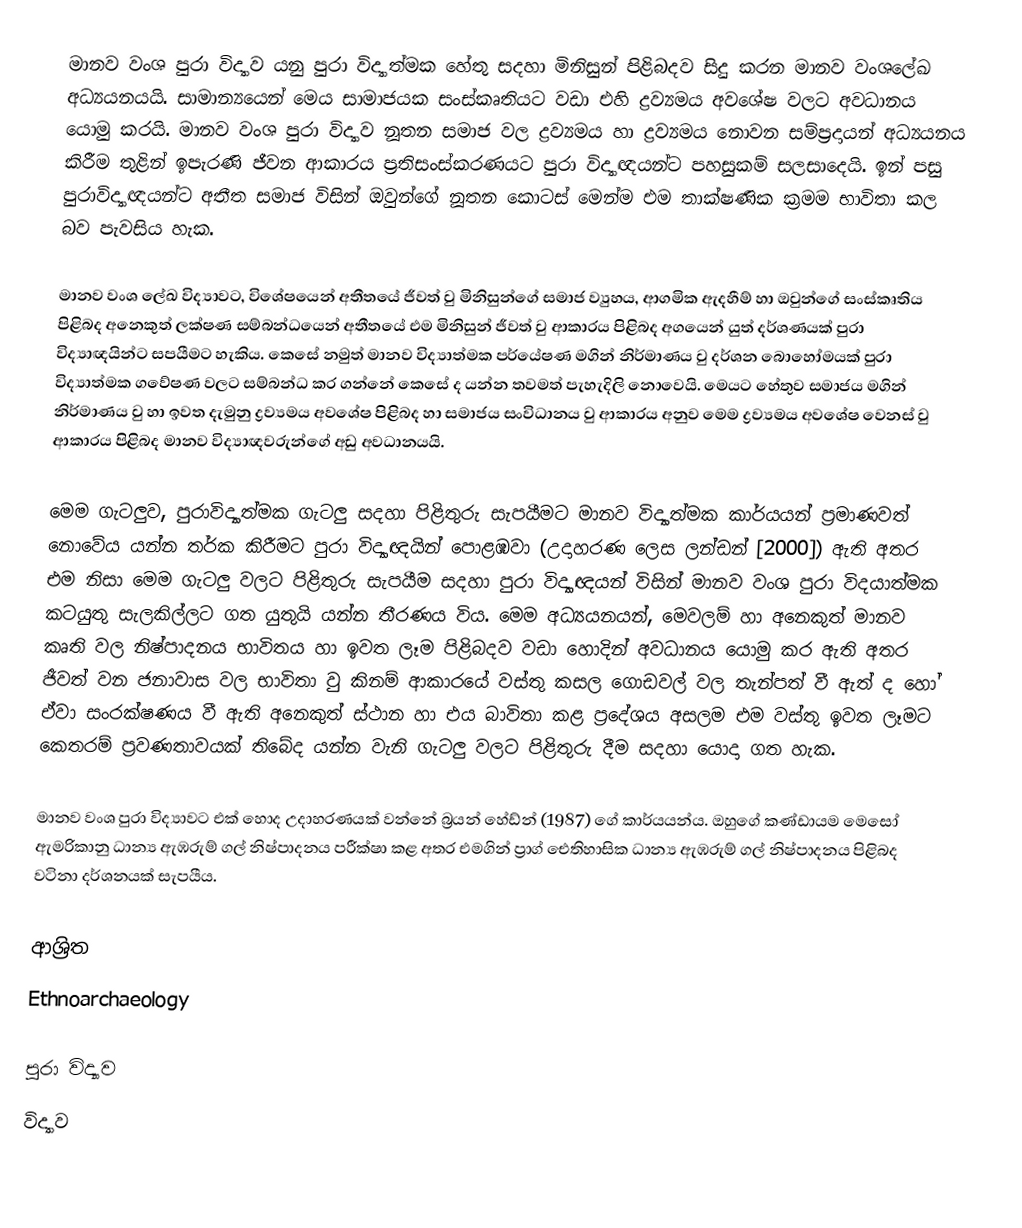
මානව වංශ පුරා විද්‍යාව යනු පුරා විද්‍යාත්මක හේතු සදහා මිනිසුන් පිළිබදව සිදු කරන මානව වංශලේඛ අධ්‍යයනයයි. සාමාන්‍යයෙන් මෙය සාමාජයක සංස්කෘතියට වඩා එහි ද්‍රව්‍යමය අවශේෂ වලට අවධානය යොමු කරයි. මානව වංශ පුරා විද්‍යාව නූතන සමාජ වල ද්‍රව්‍යමය හා ද්‍රව්‍යමය නොවන සම්ප්‍රදායන් අධ්‍යයනය කිරීම තුළින් ඉපැරණි ජීවන ආකාරය ප්‍රතිසංස්කරණයට පුරා විද්‍යාඥයන්ට පහසුකම් සලසාදෙයි. ඉන් පසු පුරාවිද්‍යාඥයන්ට අතීත සමාජ විසින් ඔවුන්ගේ නූතන කොටස් මෙන්ම එම තාක්ෂණික ක්‍රමම භාවිතා කල බව පැවසිය හැක.

මානව වංශ ලේඛ විද්‍යාවට, විශේෂයෙන් අතීතයේ ජීවත් වු මිනිසුන්ගේ සමාජ ව්‍යුහය, ආගමික ඇදහීම් හා ඔවුන්ගේ සංස්කෘතිය පිළිබද අනෙකුත් ලක්ෂණ සම්බන්ධයෙන් අතීතයේ එම මිනිසුන් ජීවත් වු ආකාරය පිළිබද අගයෙන් යුත් දර්ශණයක් පුරා විද්‍යාඥයින්ට සපයීමට හැකිය. කෙසේ නමුත් මානව විද්‍යාත්මක පර්යේෂණ මගින් නිර්මාණය වු දර්ශන බොහෝමයක් පුරා විද්‍යාත්මක ගවේෂණ වලට සම්බන්ධ කර ගන්නේ කෙසේ ද යන්න තවමත් පැහැදිලි නොවෙයි. මෙයට හේතුව සමාජය මගින් නිර්මාණය වු හා ඉවත දැමුනු ද්‍රව්‍යමය අවශේෂ පිළිබද හා සමාජය සංවිධානය වු ආකාරය අනුව මෙම ද්‍රව්‍යමය අවශේෂ වෙනස් වු ආකාරය පිළිබද මානව විද්‍යාඥවරුන්ගේ අඩු අවධානයයි.

මෙම ගැටලුව, පුරාවිද්‍යාත්මක ගැටලු සදහා පිළිතුරු සැපයීමට මානව විද්‍යාත්මක කාර්යයන් ප්‍රමාණවත් නොවේය යන්න තර්ක කිරීමට පුරා විද්‍යාඥයින් පොළඹවා (උදාහරණ ලෙස ලන්ඩන් [2000]) ඇති අතර එම නිසා මෙම ගැටලු වලට පිළිතුරු සැපයීම සදහා පුරා විද්‍යාඥයන් විසින් මානව වංශ පුරා විදයාත්මක කටයුතු සැලකිල්ලට ගත යුතුයි යන්න තීරණය විය. මෙම අධ්‍යයනයන්, මෙවලම් හා අනෙකුත් මානව කෘති වල නිෂ්පාදනය භාවිතය හා ඉවත ලෑම පිළිබදව වඩා හොදින් අවධානය යොමු කර ඇති අතර ජීවත් වන ජනාවාස වල භාවිතා වු කිනම් ආකාරයේ වස්තු කසල ගොඩවල් වල තැන්පත් වී ඇත් ද හෝ ඒවා සංරක්ෂණය වී ඇති අනෙකුත් ස්ථාන හා එය බාවිතා කළ ප්‍රදේශය අසලම එම වස්තු ඉවත ලෑමට කෙතරම් ප්‍රවණතාවයක් තිබේද යන්න වැනි ගැටලු වලට පිළිතුරු දීම සදහා යොදා ගත හැක.

මානව වංශ පුරා විද්‍යාවට එක් හොද උදාහරණයක් වන්නේ බ්‍රයන් හේඩ්න් (1987) ගේ කාර්යයන්ය. ඔහුගේ කණ්ඩායම මෙසෝ ඇමරිකානු ධාන්‍ය ඇඹරුම් ගල් නිෂ්පාදනය පරීක්ෂා කළ අතර එමගින් ප්‍රාග් ඓතිහාසික ධාන්‍ය ඇඹරුම් ගල් නිෂ්පාදනය පිළිබද වටිනා දර්ශනයක් සැපයීය.

ආශ්‍රිත
Ethnoarchaeology

පුරා විද්‍යාව
විද්‍යාව